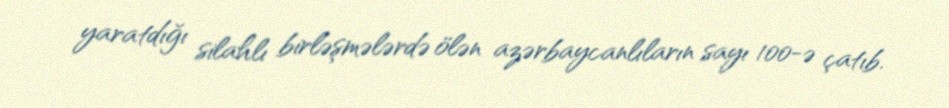
yaratdığı silahlı birləşmələrdə ölən azərbaycanlıların sayı 100-ə çatıb.